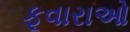
ફૂવારાઓ